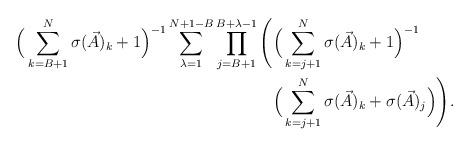
LaTeX: \begin{align*} \Big( \sum_{k=B+1}^{N} \sigma(\vec{A})_k + 1 \Big)^{-1} \sum_{\lambda=1}^{N+1-B} \prod_{j=B+1}^{B+\lambda-1} \Bigg( &\Big( \sum_{k=j+1}^{N} \sigma(\vec{A})_k + 1 \Big)^{-1}\\ &\Big( \sum_{k=j+1}^{N} \sigma(\vec{A})_k + \sigma(\vec{A})_j \Big) \Bigg). \end{align*}